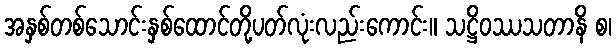
အနှစ်တစ်သောင်းနှစ်ထောင်တို့ပတ်လုံးလည်းကောင်း။ သဋ္ဌိဝဿသတာနိ စ၊